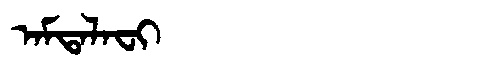
Manchu: ᠠᠮᡨᠠᠯᠠᠸᡳ
Romanization: AMTALAFI